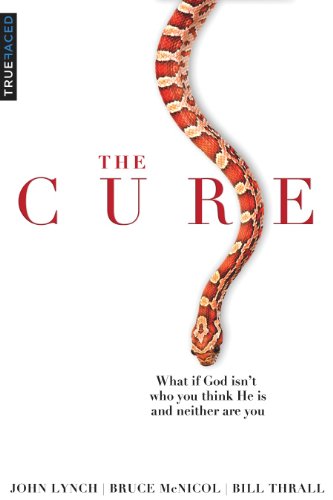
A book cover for The Cure: What if God isn't who you think He is and neither are you?; Bill Thrall; Christian Books & Bibles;